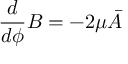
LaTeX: \frac { d } { d \phi } B = - 2 \mu \bar { A }